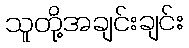
သူတို့အချင်းချင်း